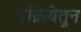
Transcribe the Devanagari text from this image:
प्रक्रियेतुन